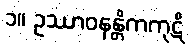
၁။ ဥဿာဝနန္တိကကုဋိ